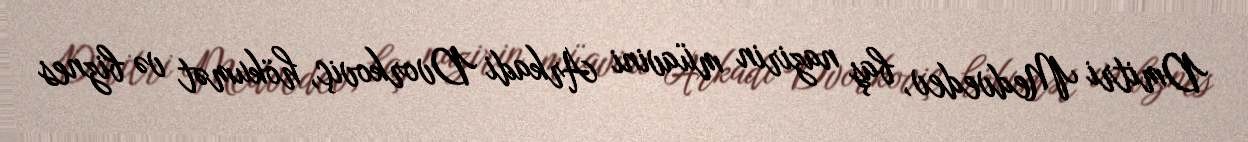
Dmitri Medvedev, baş nazirin müavini Arkadi Dvorkoviç, hökumət və biznes